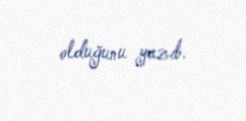
olduğunu yazıb.